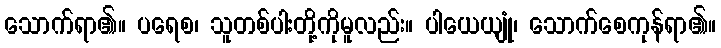
သောက်ရာ၏။ ပရေစ၊ သူတစ်ပါးတို့ကိုမူလည်း။ ပါယေယျုံ၊ သောက်စေကုန်ရာ၏။